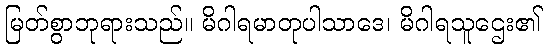
မြတ်စွာဘုရားသည်။ မိဂါရမာတုပါသာဒေ၊ မိဂါရသူဌေး၏